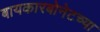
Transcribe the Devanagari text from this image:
बायकारबोनेटच्या